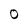
Character: 0